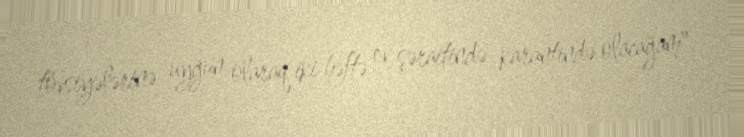
tövsiyələrinə uyğun olaraq iki həftə ev şəraitində karantində olacağam".